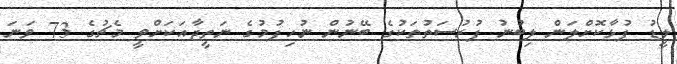
ލީޑު ފުޅާކޮށްލަން ލިބުނު ފުރުސަތުތަކުގެ ބޭނުން ނުހިފުމުގެ ނަތީޖާއަކަށްވީ މެޗުގެ 73 ވަނަ